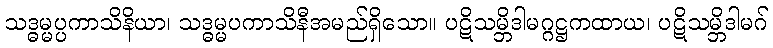
သဒ္ဓမ္မပ္ပကာသိနိယာ၊ သဒ္ဓမ္မပကာသိနီအမည်ရှိသော။ ပဋိသမ္ဘိဒါမဂ္ဂဋ္ဌကထာယ၊ ပဋိသမ္ဘိဒါမဂ်